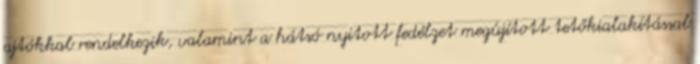
ajtókkal rendelkezik, valamint a hátsó nyitott fedélzet megújított tetőkialakítással